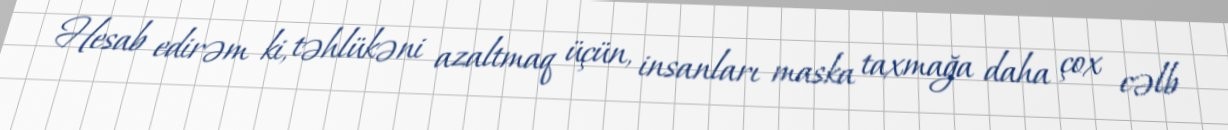
Hesab edirəm ki, təhlükəni azaltmaq üçün, insanları maska taxmağa daha çox cəlb